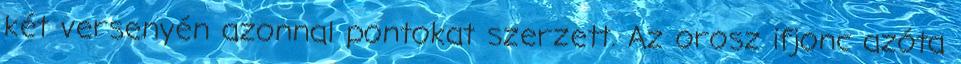
két versenyén azonnal pontokat szerzett. Az orosz ifjonc azóta